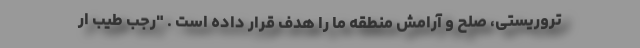
تروریستی، صلح و آرامش منطقه ما را هدف قرار داده است . "رجب طیب ار